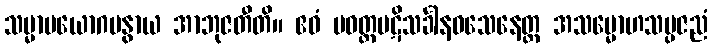
သမ္မာပယောဂမနွာယ အာဘုဇတီတိ။ ဧဝံ ပဝတ္တပဋိသင်္ခါနဝသေနေတ္ထ အသမ္မောဟသမ္ပဇညံ